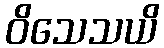
ဝိသေသယိ